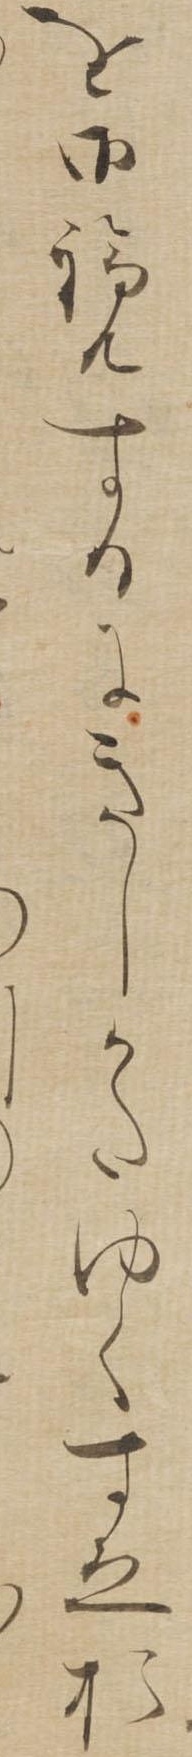
を御覧するにきしかたゆくすえお